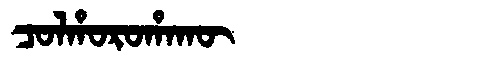
Manchu: ᠴᠣᠯᡥᠣᡵᠣᡥᠠᡴᡡ
Romanization: COLHOROHAKŪ